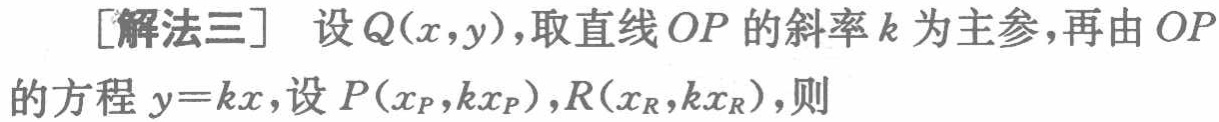
[解法三] 设 \(Q(x,y)\)，取直线 \(OP\) 的斜率 \(k\) 为主参，再由 \(OP\) 的方程 \(y = kx\)，设 \(P(x_P,kx_P)\)，\(R(x_R,kx_R)\)，则